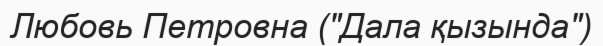
Любовь Петровна ("Дала қызында")